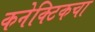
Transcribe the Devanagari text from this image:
कनेक्टिकचा